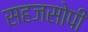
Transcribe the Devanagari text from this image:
सहजसोपी